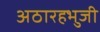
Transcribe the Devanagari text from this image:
अठारहभुजी